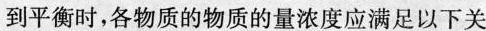
到平衡时，各物质的物质的量浓度应满足以下关